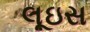
લૂઇસ